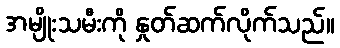
အမျိုးသမီးကို နှုတ်ဆက်လိုက်သည်။